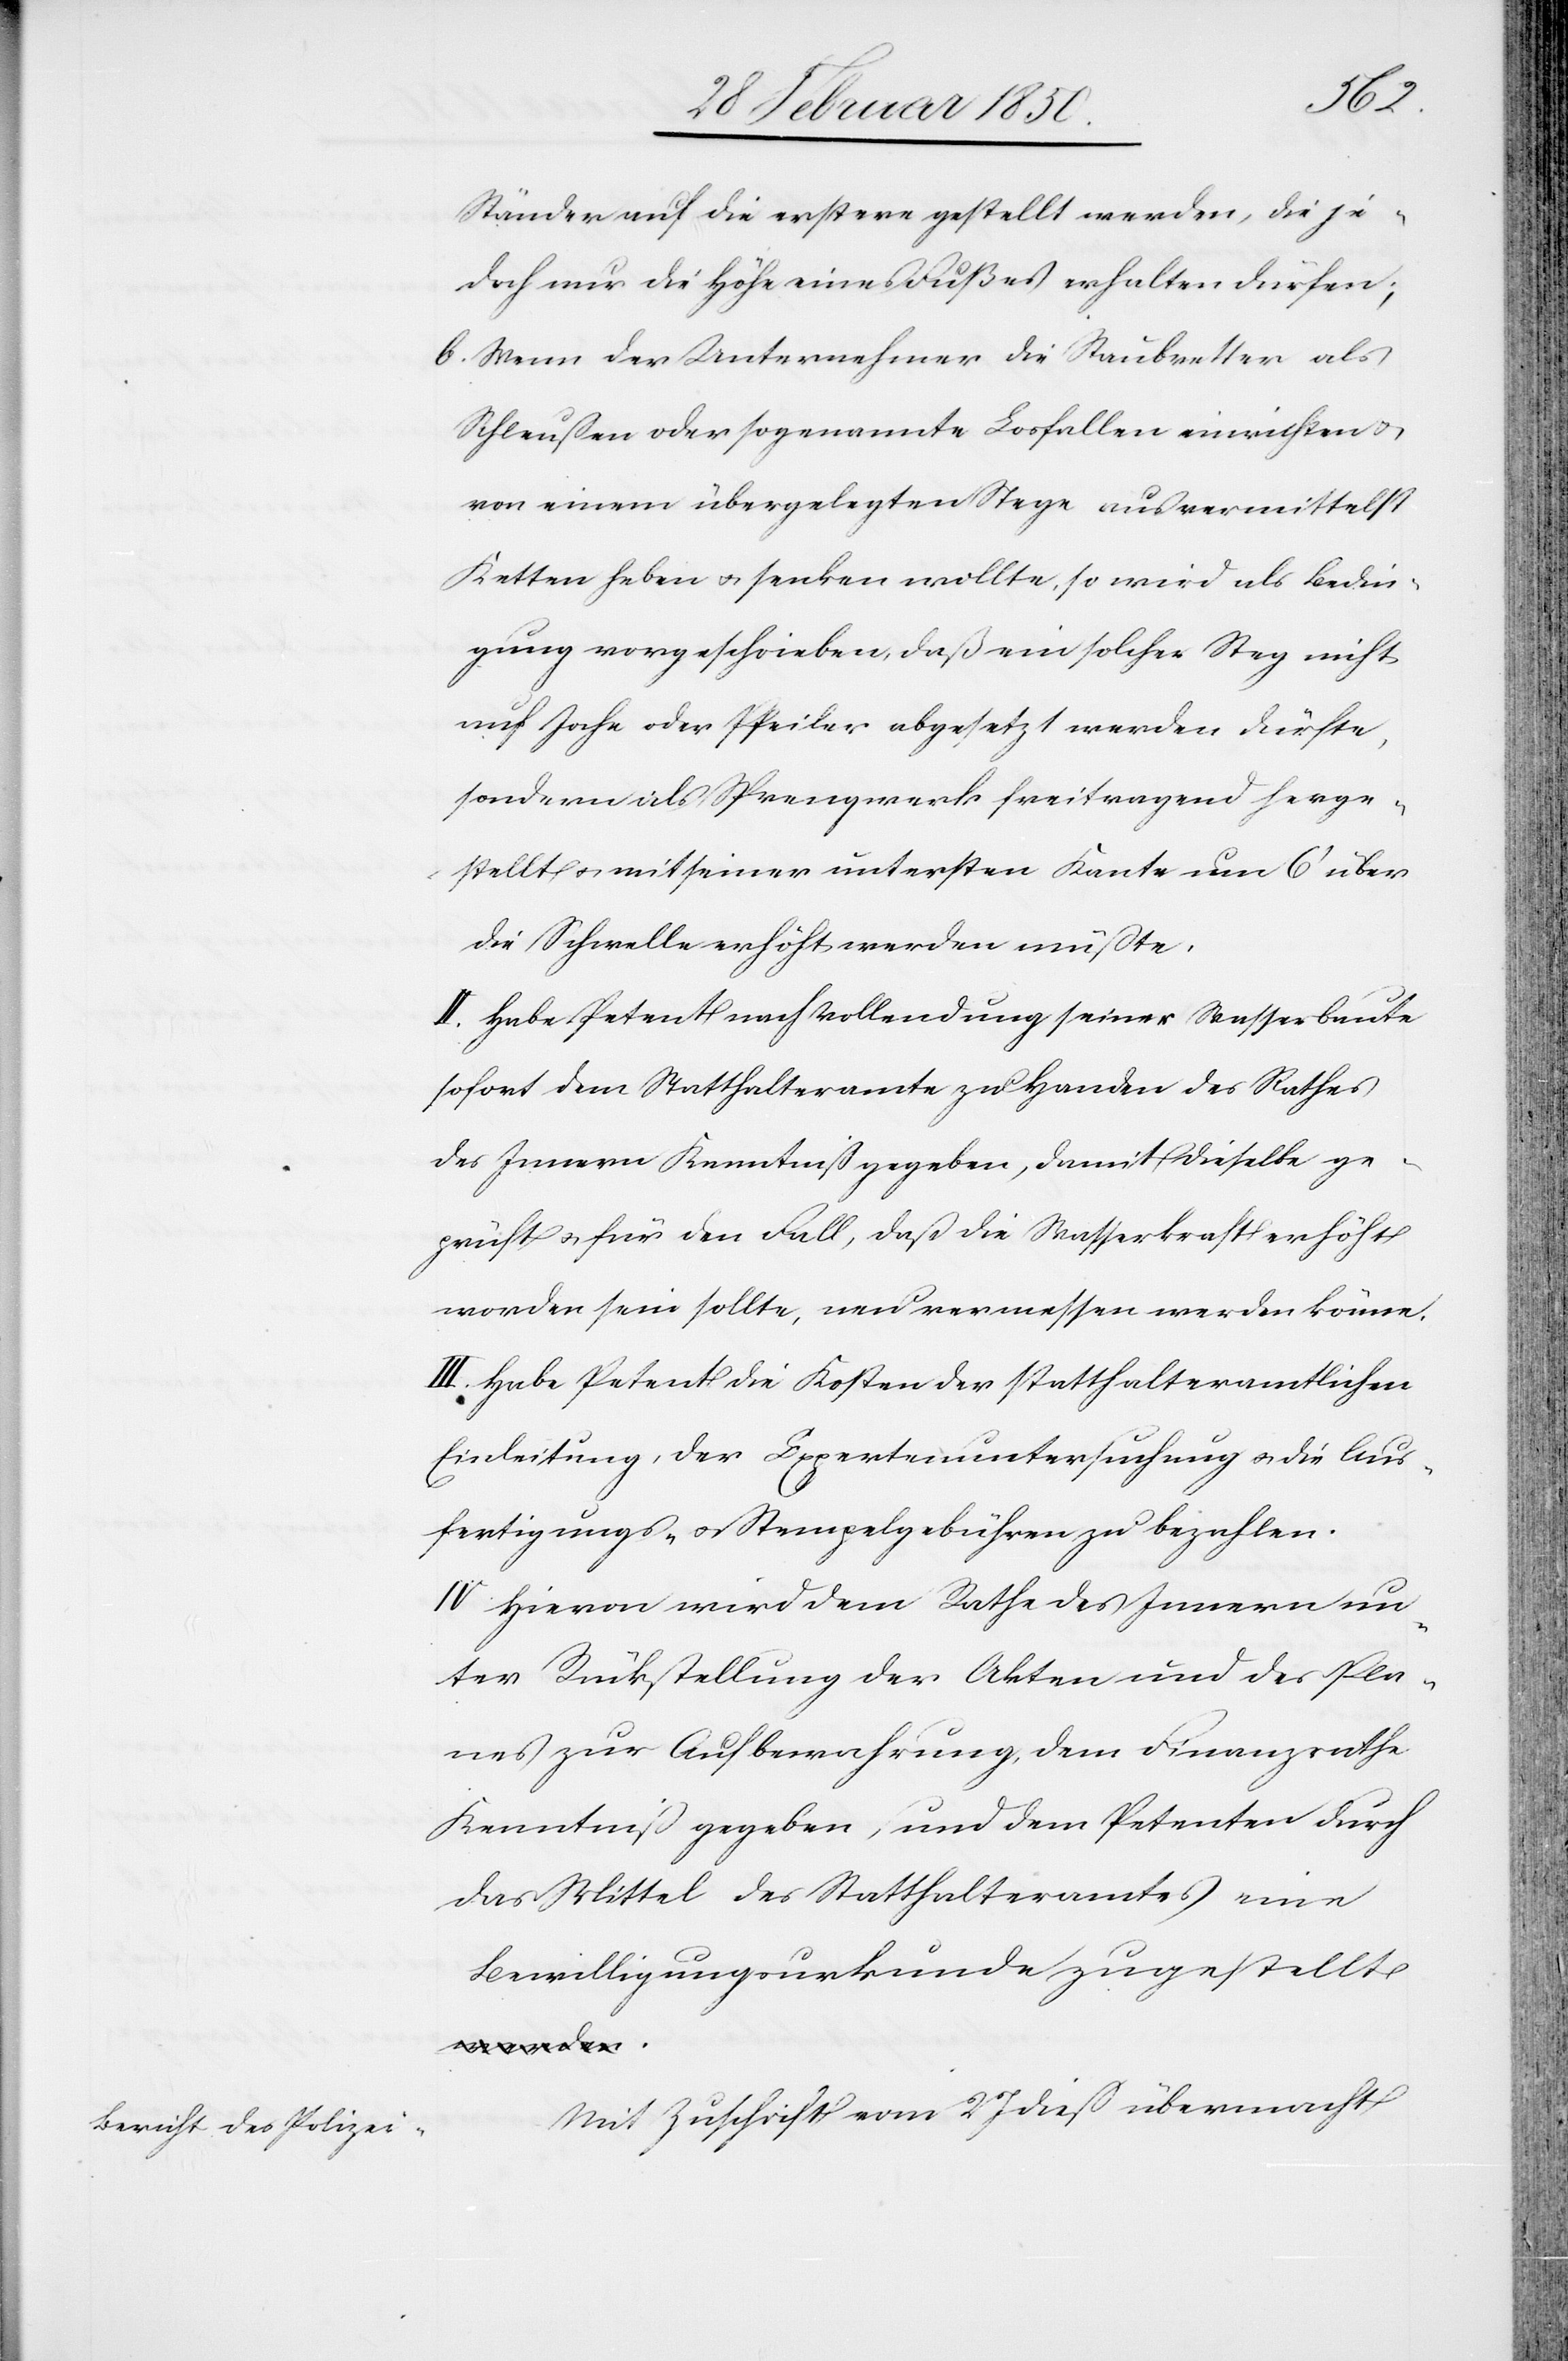
Ständer auf die erstere gestellt werden, die je¬
doch nur die Höhe eines Fußes erhalten dürfen;
6. Wenn der Unternehmer die Staubretter als
Schleußen oder sogenannte Losfallen einrichten u.
von einem übergelegten Stege aus vermittelst
Ketten heben u. senken wollte, so wird als Bedin¬
gung vorgeschrieben, daß ein solcher Steg nicht
auf Joche oder Pfeiler abgesetzt werden dürfte,
sondern als Sprengwerk freitragend herge¬
stellt u. mit seiner untersten Kante um 6ʼ über
die Schwelle erhöht werden müßte.
II. Habe Petent nach Vollendung seiner Wasserbaute
sofort dem Statthalteramte zu Handen des Rathes
des Innern Kenntniß gegeben [sic!], damit dieselbe ge¬
prüft u. für den Fall, daß die Wasserkraft erhöht
worden sein sollte, neu vermessen werden könne.
III. Habe Petent die Kosten der statthalteramtlichen
Einleitung, der Expertenuntersuchung u. die Aus¬
fertigungs- u. Stempelgebühren zu bezahlen.
IV. Hievon wird dem Rathe des Innern un¬
ter Rückstellung der Akten und des Pla¬
nes zur Aufbewahrung, dem Finanzrathe
Kenntniß gegeben, und dem Petenten durch
das Mittel des Statthalteramtes eine
Bewilligungsurkunde zugestellt.
Mit Zuschrift vom 27 dieß übermacht